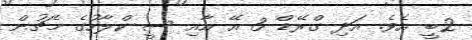
2ބީ އެވެ. އަދި ގްރޭޑް 3 އޭ އާއި ސީ ކްލާހުގެ މެޗުން